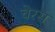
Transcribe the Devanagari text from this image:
चेरस